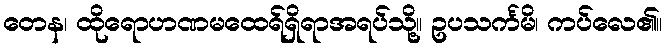
တေန၊ ထိုရောဟဏမထေရ်ရှိရာအရပ်သို့။ ဥပသင်္ကမိ၊ ကပ်လေ၏။